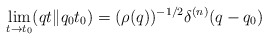
\begin{align*}\lim_{ t \rightarrow t_0 } (qt\Vert q_0 t_0 ) = (\rho(q))^{-1/2} \delta^{(n)}(q-q_0 ) \end{align*}